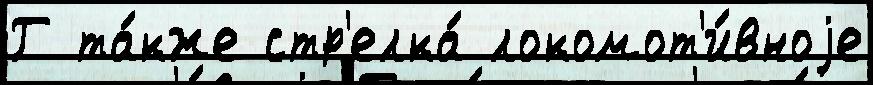
Г та́кже стр'елка́ локомот'и́вноjе